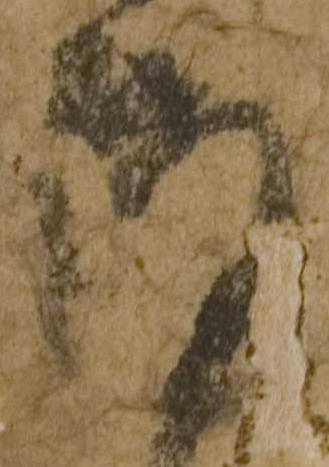
謹